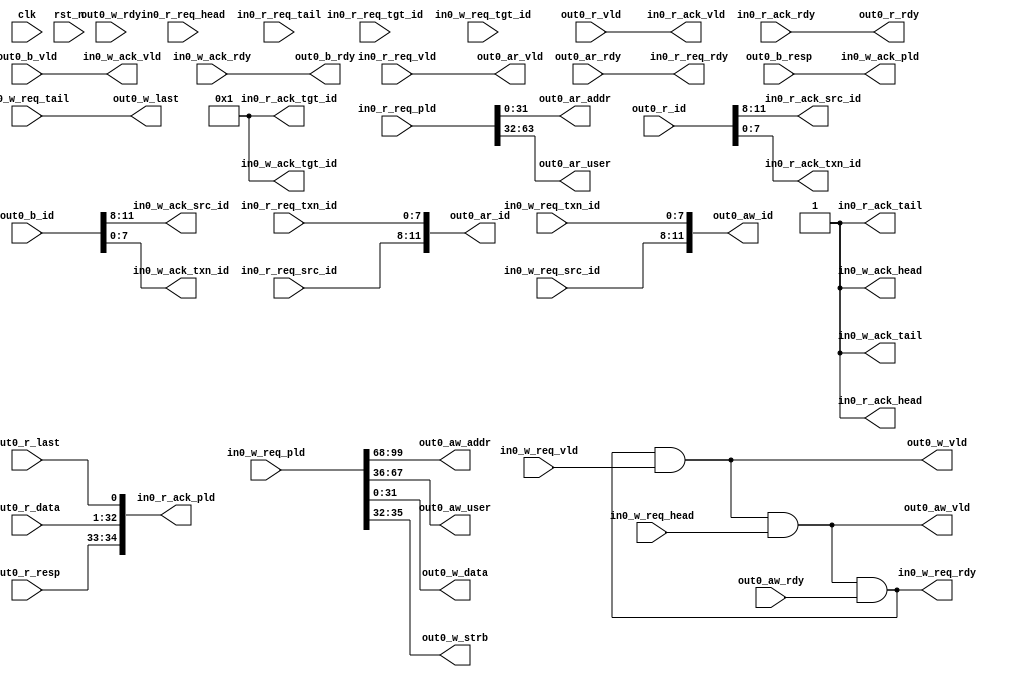
//==========================================================================================================================
//Key is used to ensure the consistency of file version and content, and cannot be modified.
//Version Control is the version number written when the file is generated and cannot be modified.
//ToolMessage is used to record related information of any tool that has processed the file and cannot be manually modified.
//UserMessage is used by the user to write any information, which can be modified in any way.
//Content is the actual payload of the file.
//Parameter is the additional parameter information carried by the file and cannot be modified in any way.

//Key is generated by the hash of Version Control, Content and Parameter to ensure the consistency of the file.
//These three parts do not allow any individual modification
//==========================================================================================================================


//[UHDL]Key Start [md5:60c7c66b382318a0a3e998ab9c4f43bb]
//Version Control Hash: 3accddf64b1dd03abeb9b0b3e5a7ba44
//Content Hash: d4eddd997820e0c7a39c666e3a20ef11
//Parameter Hash: d41d8cd98f00b204e9800998ecf8427e
//[UHDL]Key End [md5:60c7c66b382318a0a3e998ab9c4f43bb]

//[UHDL]Version Control Start [md5:3accddf64b1dd03abeb9b0b3e5a7ba44]
//[UHDL]Version Control Version:1.0.1
//[UHDL]Version Control End [md5:3accddf64b1dd03abeb9b0b3e5a7ba44]

//[UHDL]Tool Message Start [md5:4b9722b668cd5d94704f7a9f51eb047c]
//Written by UHDL in 2022-09-24 02:35:51
//[UHDL]Tool Message End [md5:4b9722b668cd5d94704f7a9f51eb047c]

//[UHDL]User Message Start [md5:d41d8cd98f00b204e9800998ecf8427e]

//[UHDL]User Message End [md5:d41d8cd98f00b204e9800998ecf8427e]

//[UHDL]Content Start [md5:d4eddd997820e0c7a39c666e3a20ef11]
module DMstAxi_node_M1 (
	input         clk             ,
	input         rst_n           ,
	input         in0_r_req_vld   ,
	output        in0_r_req_rdy   ,
	input         in0_r_req_head  ,
	input         in0_r_req_tail  ,
	input  [63:0] in0_r_req_pld   ,
	input  [3:0]  in0_r_req_src_id,
	input  [3:0]  in0_r_req_tgt_id,
	input  [7:0]  in0_r_req_txn_id,
	input         in0_w_req_vld   ,
	output        in0_w_req_rdy   ,
	input         in0_w_req_head  ,
	input         in0_w_req_tail  ,
	input  [99:0] in0_w_req_pld   ,
	input  [3:0]  in0_w_req_src_id,
	input  [3:0]  in0_w_req_tgt_id,
	input  [7:0]  in0_w_req_txn_id,
	output        in0_r_ack_vld   ,
	input         in0_r_ack_rdy   ,
	output        in0_r_ack_head  ,
	output        in0_r_ack_tail  ,
	output [34:0] in0_r_ack_pld   ,
	output [3:0]  in0_r_ack_src_id,
	output [3:0]  in0_r_ack_tgt_id,
	output [7:0]  in0_r_ack_txn_id,
	output        in0_w_ack_vld   ,
	input         in0_w_ack_rdy   ,
	output        in0_w_ack_head  ,
	output        in0_w_ack_tail  ,
	output [1:0]  in0_w_ack_pld   ,
	output [3:0]  in0_w_ack_src_id,
	output [3:0]  in0_w_ack_tgt_id,
	output [7:0]  in0_w_ack_txn_id,
	output        out0_aw_vld     ,
	input         out0_aw_rdy     ,
	output [31:0] out0_aw_addr    ,
	output [11:0] out0_aw_id      ,
	output [31:0] out0_aw_user    ,
	output        out0_w_vld      ,
	input         out0_w_rdy      ,
	output        out0_w_last     ,
	output [31:0] out0_w_data     ,
	output [3:0]  out0_w_strb     ,
	input         out0_b_vld      ,
	output        out0_b_rdy      ,
	input  [11:0] out0_b_id       ,
	input  [1:0]  out0_b_resp     ,
	output        out0_ar_vld     ,
	input         out0_ar_rdy     ,
	output [31:0] out0_ar_addr    ,
	output [11:0] out0_ar_id      ,
	output [31:0] out0_ar_user    ,
	input         out0_r_vld      ,
	output        out0_r_rdy      ,
	input  [11:0] out0_r_id       ,
	input  [31:0] out0_r_data     ,
	input  [1:0]  out0_r_resp     ,
	input         out0_r_last     );
	assign in0_r_req_rdy = out0_ar_rdy;
	
	assign in0_w_req_rdy = (out0_aw_vld && out0_aw_rdy);
	
	assign in0_r_ack_vld = out0_r_vld;
	
	assign in0_r_ack_head = 1'b1;
	
	assign in0_r_ack_tail = 1'b1;
	
	assign in0_r_ack_pld = {out0_r_resp, out0_r_data, out0_r_last};
	
	assign in0_r_ack_src_id = out0_r_id[11:8];
	
	assign in0_r_ack_tgt_id = 4'b1;
	
	assign in0_r_ack_txn_id = out0_r_id[7:0];
	
	assign in0_w_ack_vld = out0_b_vld;
	
	assign in0_w_ack_head = 1'b1;
	
	assign in0_w_ack_tail = 1'b1;
	
	assign in0_w_ack_pld = out0_b_resp;
	
	assign in0_w_ack_src_id = out0_b_id[11:8];
	
	assign in0_w_ack_tgt_id = 4'b1;
	
	assign in0_w_ack_txn_id = out0_b_id[7:0];
	
	assign out0_aw_vld = (in0_w_req_rdy && in0_w_req_vld && in0_w_req_head);
	
	assign out0_aw_addr = in0_w_req_pld[99:68];
	
	assign out0_aw_id = {in0_w_req_src_id, in0_w_req_txn_id};
	
	assign out0_aw_user = in0_w_req_pld[67:36];
	
	assign out0_w_vld = (in0_w_req_rdy && in0_w_req_vld);
	
	assign out0_w_last = in0_w_req_tail;
	
	assign out0_w_data = in0_w_req_pld[31:0];
	
	assign out0_w_strb = in0_w_req_pld[35:32];
	
	assign out0_b_rdy = in0_w_ack_rdy;
	
	assign out0_ar_vld = in0_r_req_vld;
	
	assign out0_ar_addr = in0_r_req_pld[31:0];
	
	assign out0_ar_id = {in0_r_req_src_id, in0_r_req_txn_id};
	
	assign out0_ar_user = in0_r_req_pld[63:32];
	
	assign out0_r_rdy = in0_r_ack_rdy;
	

endmodule
//[UHDL]Content End [md5:d4eddd997820e0c7a39c666e3a20ef11]

//[UHDL]Parameter Start [md5:d41d8cd98f00b204e9800998ecf8427e]

//[UHDL]Parameter End [md5:d41d8cd98f00b204e9800998ecf8427e]